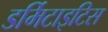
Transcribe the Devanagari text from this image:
डर्मिटाइटिस